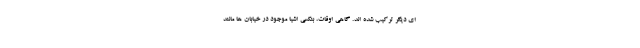
ای دیگر ترکیب شده اند. گاهی اوقات، بنکسی اشیا موجود در خیابان ها مانند